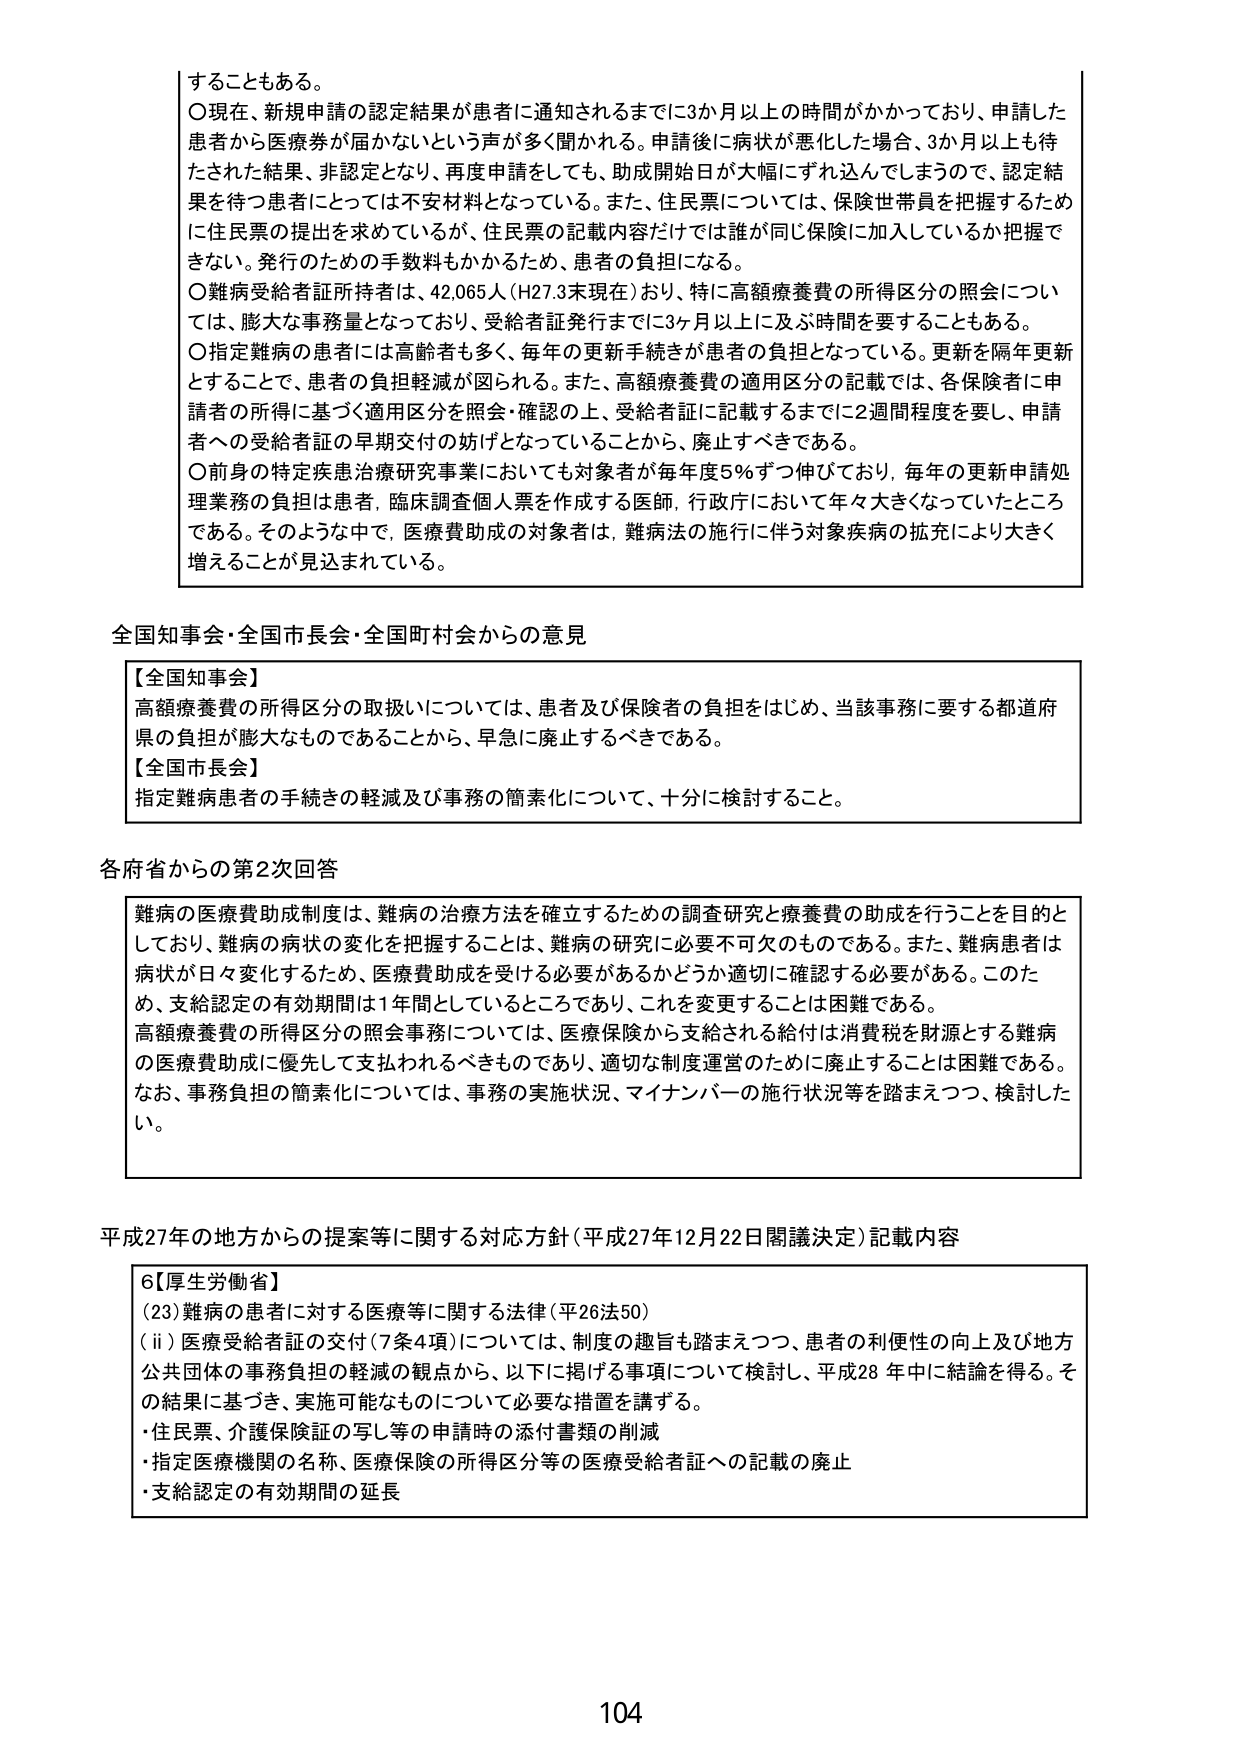
することもある。
○現在、新規申請の認定結果が患者に通知されるまでに3か月以上の時間がかかっており、申請した患者から医療券が届かないという声が多く聞かれる。申請後に病状が悪化した場合、3か月以上も待たされた結果、非認定となり、再度申請をしても、助成開始日が大幅にずれ込んでしまうので、認定結果を待つ患者にとっては不安材料となっている。また、住民票については、保険世帯員を把握するために住民票の提出を求めてているが、住民票の記載内容だけでは誰が同じ保険に加入しているか把握できない。発行のための手数料もかかるため、患者の負担になる。
○難病受給者証所持者は、42,065人（H27.3末現在）おり、特に高額療養費の所得区分の照会については、膨大な事務量となっており、受給者証発行までに3ヶ月以上に及ぶ時間を要することもある。
○指定難病の患者には高齢者も多く、毎年の更新手続きが患者の負担となっている。更新は隔年更新とすることで、患者の負担軽減が図られる。また、高額療養費の適用区分の記載では、各保険者に申請者の所得に基づく適用区分を照会・確認の上、受給者証に記載するまでに2週間程度を要し、申請者への受給者証の早期交付の妨げとなっていることから、廃止すべきである。
○前身の特定疾患治療研究事業においても対象者が毎年度5％ずつ伸びており、毎年の更新申請処理業務の負担は患者、臨床調査個人票を作成する医師、行政庁において年々大きくなっていたところである。そのような中で、医療費助成の対象者は、難病法の施行に伴う対象疾病の拡充により大きく増えることが見込まれている。

全国知事会・全国市長会・全国町村会からの意見
【全国知事会】
高額療養費の所得区分の取扱いについては、患者及び保険者の負担をはじめ、当該事務に要する都道府県の負担が膨大なものであることから、早急に廃止するべきである。
【全国市長会】
指定難病患者の手続きの軽減及び事務の簡素化について、十分に検討すること。

各府省からの第2次回答
難病の医療費助成制度は、難病の治療方法を確立するための調査研究と療養費の助成を行うことを目的としており、難病の病状の変化を把握することは、難病の研究に必要不可欠なものである。また、難病患者は病状が日々変化するため、医療費助成を受ける必要があるかどうか適切に確認する必要がある。このため、支給認定の有効期間は1年間としているところであり、これを変更することは困難である。
高額療養費の所得区分の照会事務については、医療保険から支給される給付は消費税を財源とする難病の医療費助成に優先して支払われるべきものであり、適切な制度運営のために廃止することは困難である。
なお、事務負担の簡素化については、事務の実施状況、マイナンバーの施行状況等を踏まえつつ、検討したい。

平成27年の地方からの提案等に関する対応方針（平成27年12月22日閣議決定）記載内容
6【厚生労働省】
(23) 難病の患者に対する医療等に関する法律（平26法50）
(ii) 医療受給者証の交付（7条4項）については、制度の趣旨も踏まえつつ、患者の利便性の向上及び地方公共団体の事務負担の軽減の観点から、以下に掲げる事項について検討し、平成28年中に結論を得る。その結果に基づき、実施可能なものについて必要な措置を講ずる。
・住民票、介護保険証の写し等の申請時の添付書類の削減
・指定医療機関の名称、医療保険の所得区分等の医療受給者証への記載の廃止
・支給認定の有効期間の延長

104